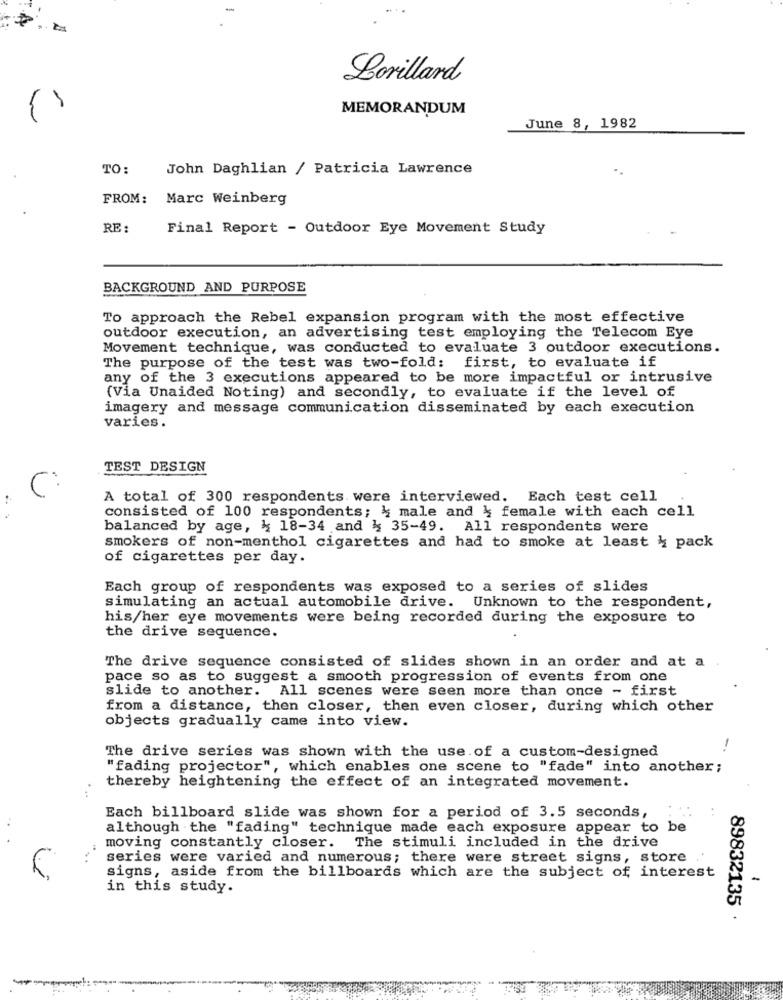
Lorillard
MEMORANDUM
June 8, 1982
TO:
John Daghlian / Patricia Lawrence
FROM:
Marc Weinberg
RE :
Final Report - Outdoor Eye Movement Study
BACKGROUND AND PURPOSE
To approach the Rebel expansion program with the most effective
outdoor execution, an advertising test employing the Telecom Eye
Movement technique, was conducted to evaluate 3 outdoor executions.
The purpose of the test was two-fold: first, to evaluate if
any of the 3 executions appeared to be more impactful or intrusive
(Via Unaided Noting) and secondly, to evaluate if the level of
imagery and message communication disseminated by each execution
varies.
TEST DESIGN
A total of 300 respondents were interviewed. Each test cell
consisted of 100 respondents; & male and & female with each cell
balanced by age, { 18-34 and & 35-49. All respondents were
smokers of non-menthol cigarettes and had to smoke at least & pack
of cigarettes per day.
Each group of respondents was exposed to a series of slides
simulating an actual automobile drive. Unknown to the respondent,
his/her eye movements were being recorded during the exposure to
the drive sequence.
The drive sequence consisted of slides shown in an order and at a
pace so as to suggest a smooth progression of events from one
slide to another. All scenes were seen more than once - first
from a distance, then closer, then even closer, during which other
objects gradually came into view.
The drive series was shown with the use of a custom-designed
"fading projector", which enables one scene to "fade" into another;
thereby heightening the effect of an integrated movement.
. ..
Each billboard slide was shown for a period of 3.5 seconds,
although the "fading" technique made each exposure appear to be
moving constantly closer. The stimuli included in the drive
series were varied and numerous; there were street signs, store
signs, aside from the billboards which are the subject of interest
-
in this study.
89832135 .
--